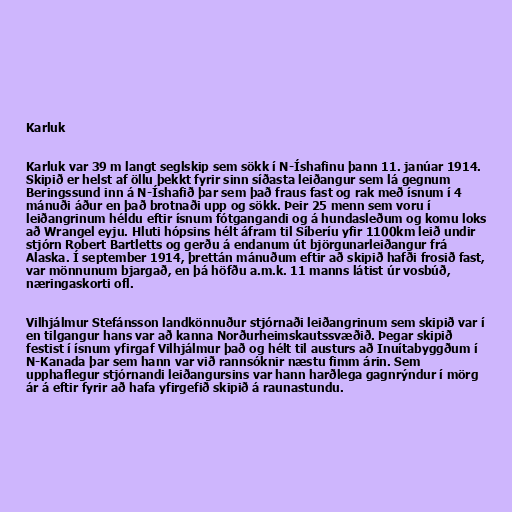
Karluk

Karluk var 39 m langt seglskip sem sökk í N-Íshafinu þann 11. janúar 1914.
Skipið er helst af öllu þekkt fyrir sinn síðasta leiðangur sem lá gegnum
Beringssund inn á N-Íshafið þar sem það fraus fast og rak með ísnum í 4
mánuði áður en það brotnaði upp og sökk. Þeir 25 menn sem voru í
leiðangrinum héldu eftir ísnum fótgangandi og á hundasleðum og komu loks
að Wrangel eyju. Hluti hópsins hélt áfram til Síberíu yfir 1100km leið undir
stjórn Robert Bartletts og gerðu á endanum út björgunarleiðangur frá
Alaska. Í september 1914, þrettán mánuðum eftir að skipið hafði frosið fast,
var mönnunum bjargað, en þá höfðu a.m.k. 11 manns látist úr vosbúð,
næringaskorti ofl.

Vilhjálmur Stefánsson landkönnuður stjórnaði leiðangrinum sem skipið var í
en tilgangur hans var að kanna Norðurheimskautssvæðið. Þegar skipið
festist í ísnum yfirgaf Vilhjálmur það og hélt til austurs að Inuítabyggðum í
N-Kanada þar sem hann var við rannsóknir næstu fimm árin. Sem
upphaflegur stjórnandi leiðangursins var hann harðlega gagnrýndur í mörg
ár á eftir fyrir að hafa yfirgefið skipið á raunastundu.